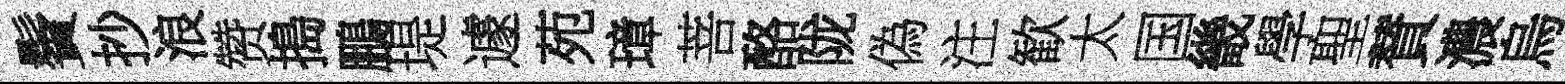
鬢抄浪赞搗鵬堤遽苑璋菩酪陇偽注歓太国畿學聖賛濃烏